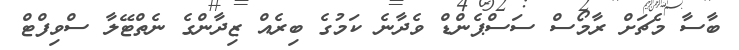
ބާސާ މެޗަށް ރާމޯސް ސަސްޕެންޑް ވެދާނެ ކަމުގެ ބިރެއް ޒިދާންގެ ނެތްޓޭލާ ސްވިފްޓް